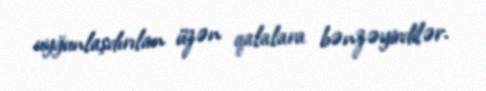
uyğunlaşdırılan üzən qalalara bənzəyirdilər.